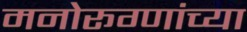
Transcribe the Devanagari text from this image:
मनोरूग्णांच्या